King Institute of Preventive Medicine Micro-Biological Section reports 1909-11
Year: 1909
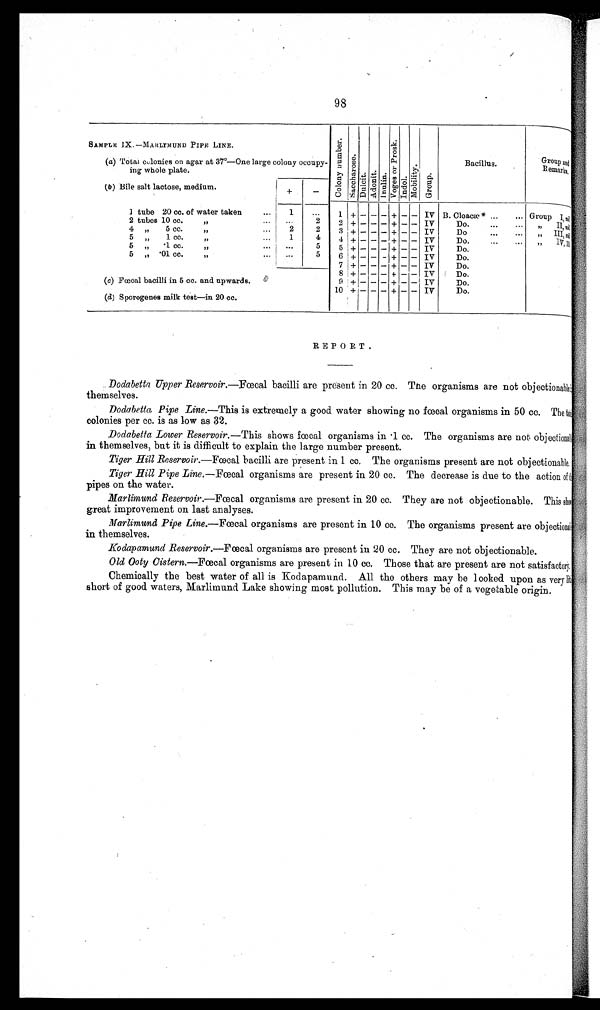
98
SAMPLE IX. —MARLIMUND PIPE LINE.
C o l o n y n u m b e r .
S a c c h a r o s e .
Dul ci t .
Ad o n i t . I n u l i n .
V o g e s o r P r o s k .
Indol.
Mobi l i t y. Gr o u p .
Bacillus.
Group and
Remarks.
(a) Total colonies on agar at 37°—One large colony occupy-
ing whole plate.
(b) Bile salt lactose, medium.
+
_
1 tube 20 cc. of water taken
. . .
1
...
1 +
_ _ _
+
_ _
IV B. Cloacæ * ...
... Group I,n i l .
2 tubes 10 cc.
"
. . .
. . .
2
2 +
_ _ _
+
_ _
IV
Do.
. . .
. . . "
II, n i l .
4
"
5 cc.
"
. . .
2
2
3
+
_ _ _
+
_ _
IV
Do
. . .
. . . "
I I I ,
n i l .
5
"
1 cc.
"
. . .
1
4
4
+
_ _ _
+
_ _
IV
Do.
...
...
"
I V , 1 0 .
5
"
.1 cc.
"
. . .
...
5
5 +
_ _ _
+
_ _
IV
Do.
5
" .01 cc.
"
. . .
. . .
5
6 +
_ _ _
+
_ _
IV
Do.
7 +
_ _ _
+
_ _
IV
Do.
8 +
_ _ _
+
_ _
IV
Do.
(c) Fœcal bacilli in 5 cc. and upwards.
9 +
_ _ _
+
_ _
IV
Do.
(d) Sporogenes milk test—in 20 cc.
10 +
_ _ _
+
_ _
IV
Do.
REPORT.
Dodabetta Upper Reservoir.—Fœcal bacilli are present in 20 cc. The organisms are not objectionable
themselves.
Dodabetta Pipe Line. —This is extremely a good water showing no fcecal organisms in 50 cc. The total
colonies per cc. is as low as 32.
Dodabetta Lower Reservoir. —This shows fcecal organisms in .1 cc. The organisms are not objectionable
in themselves, but it is difficult to explain the large number present.
Tiger Hill Reservoir. —Fœcal bacilli are present in 1 cc. The organisms present are not objectionable.
Tiger Hill Pipe Line. —Fœcal organisms are present in 20 cc. The decrease is due to the action of
the
pipes on the water.
Marlimund Reservoir. —Fœcal organisms are present in 20 cc. They are not objectionable. This sho
w
great improvement on last analyses.
Marlimund Pipe Line. —Fœcal organisms are present in 10 cc. The organisms present are objectionable
in themselves.
Kodapamund Reservoir. —Fœcal organisms are present in 20 cc. They are not objectionable.
Old Ooty Cistern. —Fœcal organisms are present in 10 cc. Those that are present are not satisfactory.
Chemically the best water of all is Kodapamund. All the others may be looked upon as very li
ttle
short of good waters, Marlimund Lake showing most pollution. This may be of a vegetable origin.